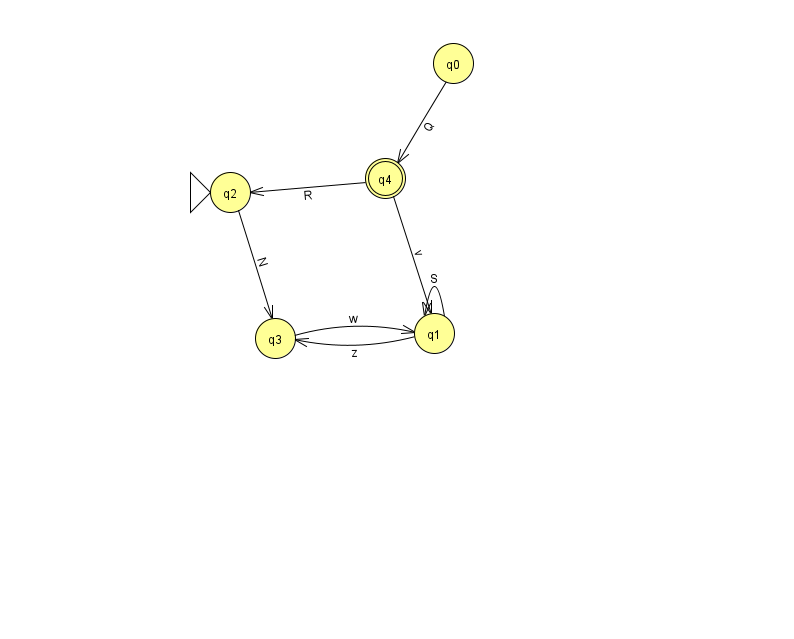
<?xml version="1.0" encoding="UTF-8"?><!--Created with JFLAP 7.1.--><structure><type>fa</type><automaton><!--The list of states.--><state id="0" name="q0"><x>453.0</x><y>50.0</y></state><state id="1" name="q1"><x>434.0</x><y>320.0</y></state><state id="2" name="q2"><x>230.0</x><y>179.0</y><initial/></state><state id="3" name="q3"><x>275.0</x><y>325.0</y></state><state id="4" name="q4"><x>385.0</x><y>165.0</y><final/></state><!--The list of transitions.--><transition><from>2</from><to>3</to><read>N</read></transition><transition><from>4</from><to>1</to><read>v</read></transition><transition><from>1</from><to>1</to><read>S</read></transition><transition><from>0</from><to>4</to><read>Q</read></transition><transition><from>3</from><to>1</to><read>w</read></transition><transition><from>1</from><to>3</to><read>z</read></transition><transition><from>4</from><to>2</to><read>R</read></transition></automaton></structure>